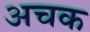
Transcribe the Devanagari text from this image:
अचक